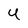
Character: U